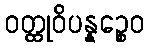
ဝတ္ထုဝိပန္နဉ္စေဝ